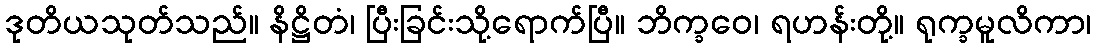
ဒုတိယသုတ်သည်။ နိဋ္ဌိတံ၊ ပြီးခြင်းသို့ရောက်ပြီ။ ဘိက္ခဝေ၊ ရဟန်းတို့။ ရုက္ခမူလိကာ၊